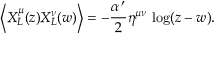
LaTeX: \left\langle X _ { L } ^ { \mu } ( z ) X _ { L } ^ { \nu } ( w ) \right\rangle = - \frac { \alpha ^ { \, \prime } } { 2 } \eta ^ { \mu \nu } \, \log ( z - w ) .